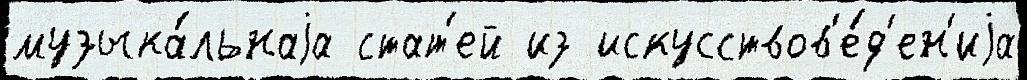
музыка́льнаjа стат'ей из искусствов'е́д'ен'иjа